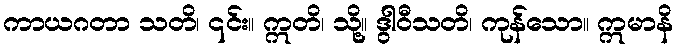
ကာယဂတာ သတိ၊ ၎င်း။ ဣတိ၊ သို့။ ဒွါဝီသတိ၊ ကုန်သော။ ဣမာနိ